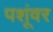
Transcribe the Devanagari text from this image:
पशूंवर